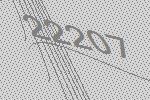
22207